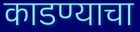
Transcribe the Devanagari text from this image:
काडण्याचा